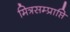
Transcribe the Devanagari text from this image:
मित्रसम्प्राप्ति